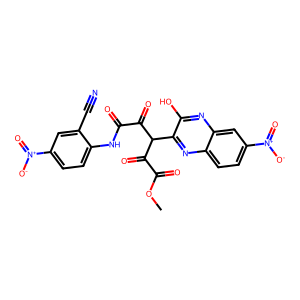
SMILES: COC(=O)C(=O)C(C(=O)C(=O)Nc1ccc([N+](=O)[O-])cc1C#N)c1nc2ccc([N+](=O)[O-])cc2nc1O
Inhibits HIV replication: No